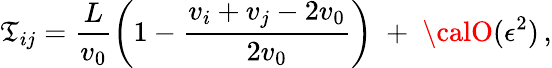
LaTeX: \mathfrak{T}_{ij}=\frac{{L}}{{v_{0}}}\left(1-\frac{{v_{i}+v_{j}-2v_{0}}}{{2v_{0}}}\right)\; +\; {\calO}(\epsilon^{2})\, ,